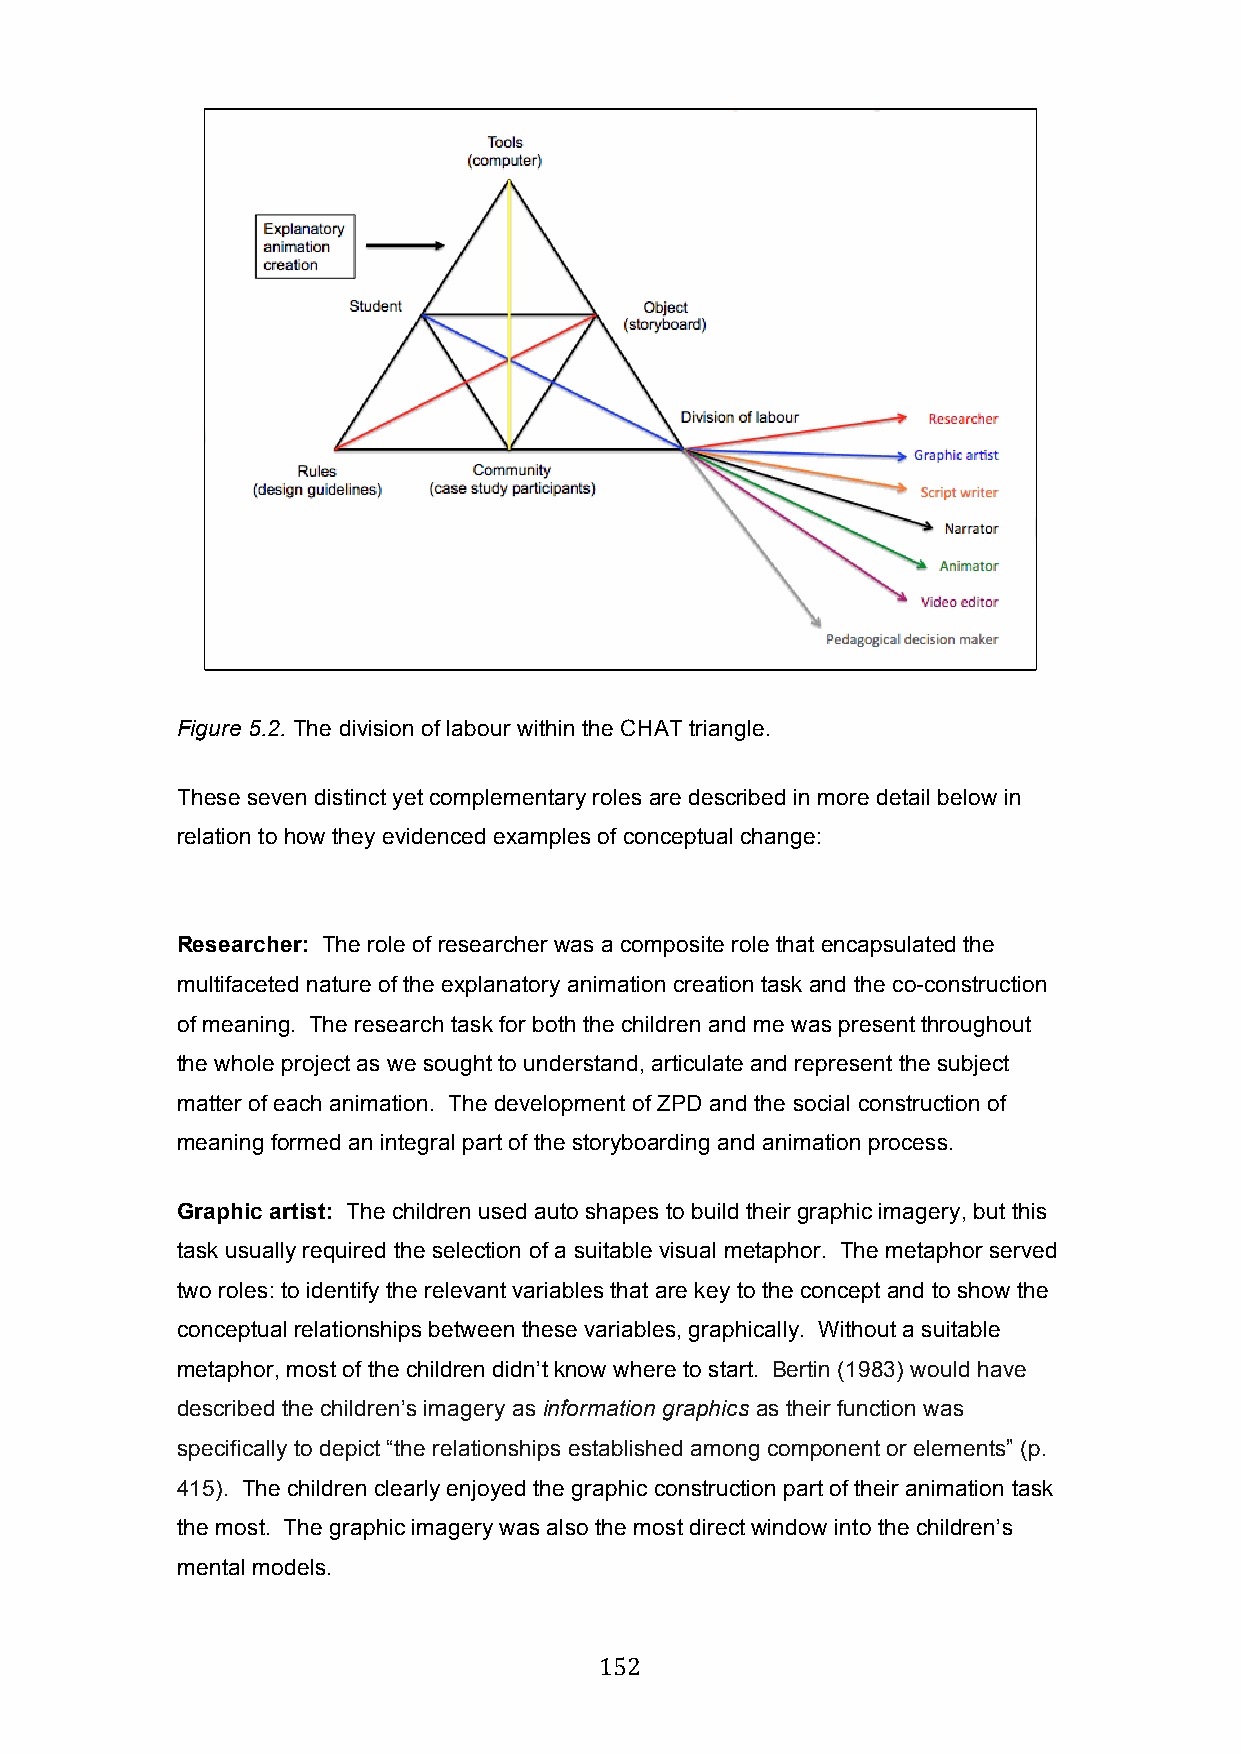
Figure 5.2. The division of labour within the CHAT triangle.
 These seven distinct yet complementary roles are described in more detail below in
 relation to how they evidenced examples of conceptual change:
 Researcher: The role of researcher was a composite role that encapsulated the
 multifaceted nature of the explanatory animation creation task and the co-construction
 of meaning. The research task for both the children and me was present throughout
 the whole project as we sought to understand, articulate and represent the subject
 matter of each animation. The development of ZPD and the social construction of
 meaning formed an integral part of the storyboarding and animation process.
 Graphic artist: The children used auto shapes to build their graphic imagery, but this
 task usually required the selection of a suitable visual metaphor. The metaphor served
 two roles: to identify the relevant variables that are key to the concept and to show the
 conceptual relationships between these variables, graphically. Without a suitable
 metaphor, most of the children didn’t know where to start. Bertin (1983) would have
 described the children’s imagery as information graphics as their function was
 specifically to depict “the relationships established among component or elements” (p.
 415). The children clearly enjoyed the graphic construction part of their animation task
 the most. The graphic imagery was also the most direct window into the children’s
 mental models.
 152